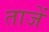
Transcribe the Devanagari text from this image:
ताजें